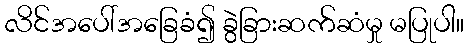
လိင်အပေါ်အခြေခံ၍ ခွဲခြားဆက်ဆံမှု မပြုပါ။